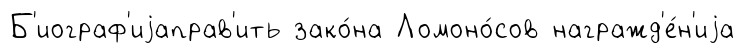
Б'иограф'иjаправ'ить зако́на Ломоно́сов награжд'е́н'иjа